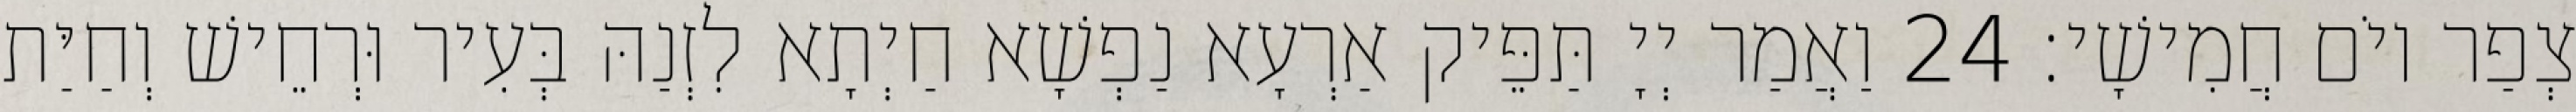
צְפַר יוֹם חֲמִישָׁי׃ 24 וַאֲמַר יְיָ תַּפֵּיק אַרְעָא נַפְשָׁא חַיְתָא לִזְנַהּ בְּעִיר וּרְחֵישׁ וְחַיַּת